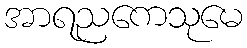
အာရညကေသုမေ